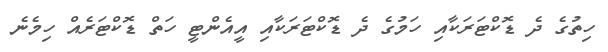
ހިތުގެ ދެ ޑޮކްޓަރަކާއި ހަމުގެ ދެ ޑޮކްޓަރަކާއި އީއެންޓީ ހަތް ޑޮކްޓަރެއް ހިމެނެ